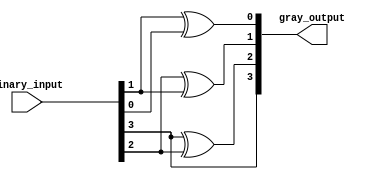
module relative_encoder (
    input wire [3:0] binary_input,  // 4-bit binary input
    output wire [3:0] gray_output    // 4-bit Gray code output
);
    
    // Assign Gray code outputs based on binary input
    assign gray_output[3] = binary_input[3];            // G3 = B3
    assign gray_output[2] = binary_input[3] ^ binary_input[2]; // G2 = B3 XOR B2
    assign gray_output[1] = binary_input[2] ^ binary_input[1]; // G1 = B2 XOR B1
    assign gray_output[0] = binary_input[1] ^ binary_input[0]; // G0 = B1 XOR B0

endmodule